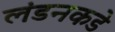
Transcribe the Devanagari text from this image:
लंडनकडे